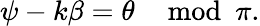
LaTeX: \psi-k\beta=\theta\mod\pi.